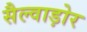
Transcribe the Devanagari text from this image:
सैल्वाड़ोर